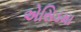
એસિડમા